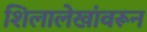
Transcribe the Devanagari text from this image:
शिलालेखांवरून